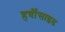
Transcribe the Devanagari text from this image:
हर्बीसाइड